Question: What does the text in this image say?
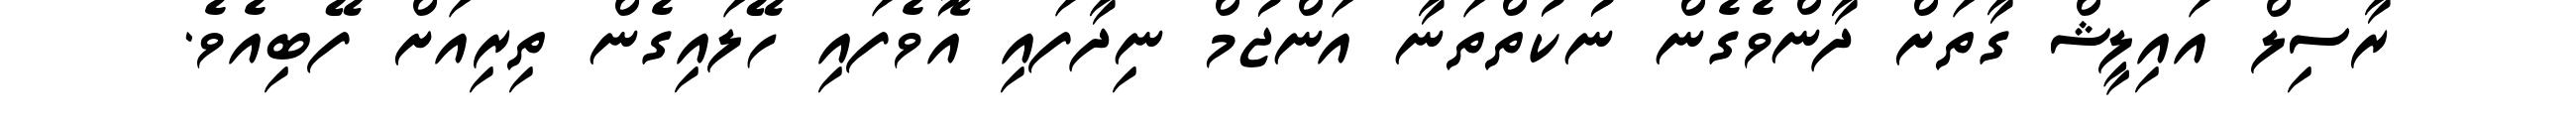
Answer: ރާސިލް އައިލީޝް ގާތަށް ދާންވެގެން ނުކުތްތަނާ އަންޖުމް ނިދާފައި އޮވެފައި ހޭލައިގެން ތިރިއަށް ފޭބިއެވެ.